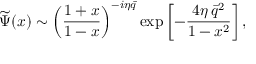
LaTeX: \widetilde \Psi ( x ) \sim \left( \frac { 1 + x } { 1 - x } \right) ^ { - i \eta \bar { q } } \exp \left[ - \frac { 4 \eta \, \bar { q } ^ { 2 } } { 1 - x ^ { 2 } } \right] ,